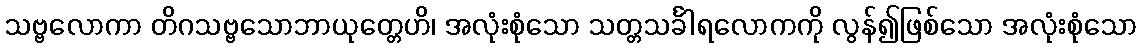
သဗ္ဗလောကာ တိဂသဗ္ဗသောဘာယုတ္တေဟိ၊ အလုံးစုံသော သတ္တသင်္ခါရလောကကို လွန်၍ဖြစ်သော အလုံးစုံသော